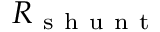
R _ { \mathrm { ~ s ~ h ~ u ~ n ~ t ~ } }